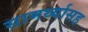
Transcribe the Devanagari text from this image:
सामर्थ्यासह